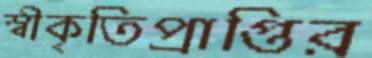
স্বীকৃতিপ্রাপ্তির